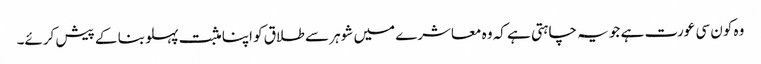
وہ کون سی عورت ہے جو یہ چاہتی ہے کہ وہ معاشرے میں شوہر سے طلاق کو اپنا مثبت پہلو بنا کے پیش کرئے۔